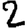
Digit: 2